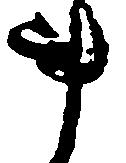
事